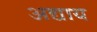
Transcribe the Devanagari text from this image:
अद्याय